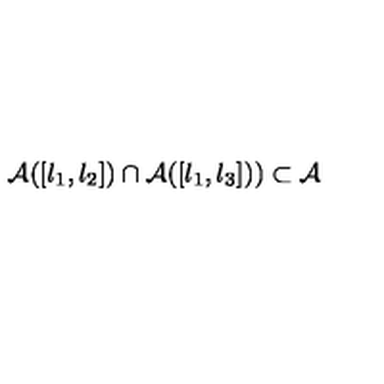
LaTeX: \mathcal { A } ( [ l _ { 1 } , l _ { 2 } ] ) \cap \mathcal { A } ( [ l _ { 1 } , l _ { 3 } ] ) ) \subset \mathcal { A }